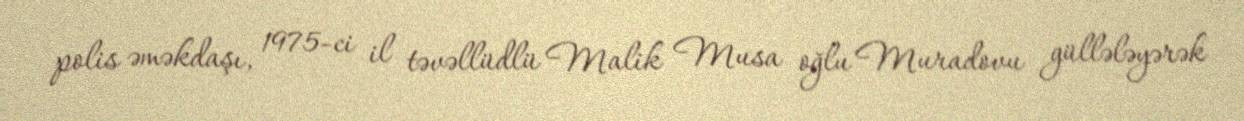
polis əməkdaşı, 1975-ci il təvəllüdlü Malik Musa oğlu Muradovu güllələyərək